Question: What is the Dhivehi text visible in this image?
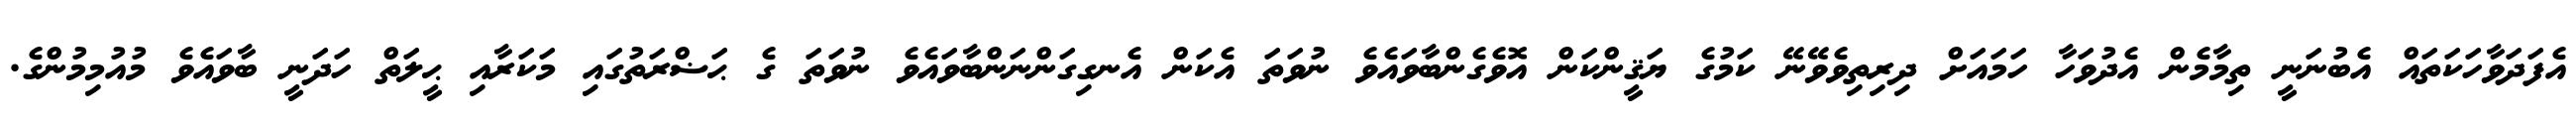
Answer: އެފަދަވާހަކަތައް އެބުނަނީ ތިމާމެން އެދުވަހާ ހަމައަށް ދިރިތިވެވޭނޭ ކަމުގެ ޔަޤީންކަން އޮވެގެންބާވައެވެ ނުވަތަ އެކަން އެނގިގަންނަންބާވައެވެ ނުވަތަ ގެ ޙަޟްރަތުގައި މަކަރާއި ޙީލަތް ހަދަނީ ބާވައެވެ މުއުމިމުންގެ.